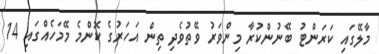
މާލޭގައި ކަރަންޓު ބޭނުންކުރާ މިންވަރު ވޭތުވެދި ތިން އަހަރުގެ ކޮންމެ މޭމަހެއްގައި 14